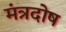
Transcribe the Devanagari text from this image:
मंत्रदोष